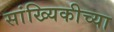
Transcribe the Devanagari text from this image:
सांख्यिकीच्या